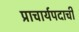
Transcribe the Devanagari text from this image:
प्राचार्यपदाची